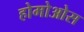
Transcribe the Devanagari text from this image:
होमोओस